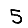
Digit: 5